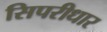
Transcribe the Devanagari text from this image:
सिपरीधार